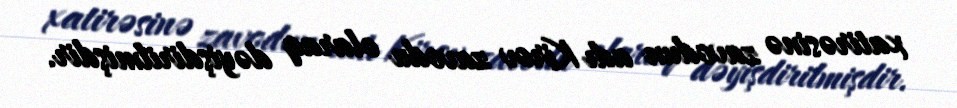
xatirəsinə zavodun adı Kirov zavodu olaraq dəyişdirilmişdir.